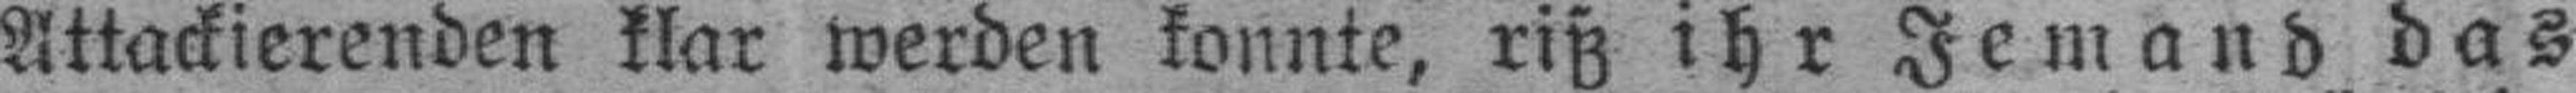
Attackierenden klar werden konnte, riß ihr Jemand das